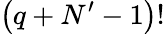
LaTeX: \left(q+N^{\prime}-1\right)!